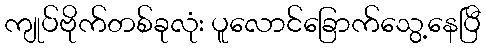
ကျုပ်ဗိုက်တစ်ခုလုံး ပူလောင်ခြောက်သွေ့နေပြီ